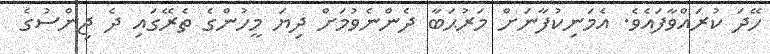
ހޭދަ ކުރައްވާފައެވެ. އެމަނިކުފާނަށް މަރުޙަބާ ދެންނެވުމަށް ދިޔަ މީހުންގެ ތެރޭގައި ދެ ޖިންސުގެ